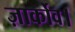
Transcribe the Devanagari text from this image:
ज़ार्कोव।